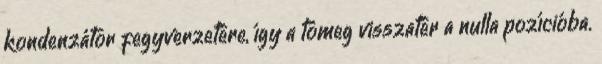
kondenzátor fegyverzetére, így a tömeg visszatér a nulla pozícióba.